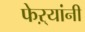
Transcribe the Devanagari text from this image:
फेऱ्यांनी